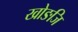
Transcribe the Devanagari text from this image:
खोङजि